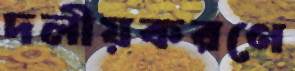
দলীয়করণে